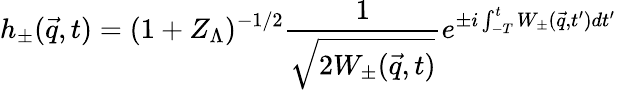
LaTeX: h_{\pm}({\vec{q}},t)=(1+Z_{\Lambda})^{-1/2}\frac{1}{\sqrt{2W_{\pm}({\vec{q}},t)}}e^{\pm i\int_{-T}^{t}W_{\pm}({\vec{q}},t^{\prime})dt^{\prime}}